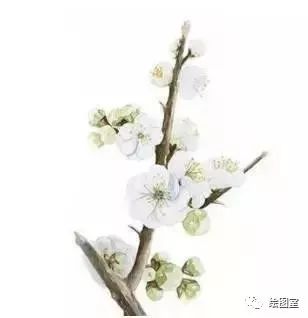
横笛和愁听，斜枝倚病看。